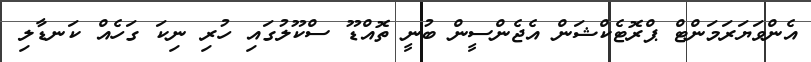
އެންވަޔަރަމަންޓް ޕްރޮޓެކްޝަން އެޖެންސީން ބުނީ ތޮއްޑޫ ސްކޫލުގައި ހުރި ނިކަ ގަހެއް ކަނޑާލި